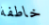
خاطفة